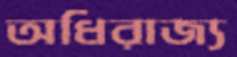
অধিরাজ্য